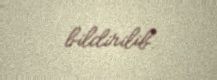
bildirilib.